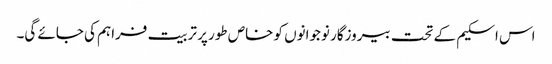
اس اسکیم کے تحت بیروزگار نوجوانوں کو خاص طور پر تربیت فراہم کی جائے گی۔